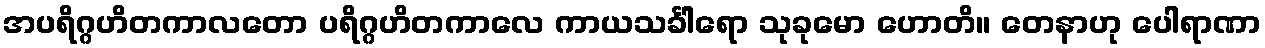
အပရိဂ္ဂဟိတကာလတော ပရိဂ္ဂဟိတကာလေ ကာယသင်္ခါရော သုခုမော ဟောတိ။ တေနာဟု ပေါရာဏာ